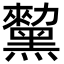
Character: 𪒅